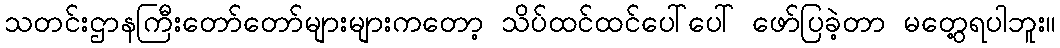
သတင်းဌာနကြီးတော်တော်များများကတော့ သိပ်ထင်ထင်ပေါ်ပေါ် ဖော်ပြခဲ့တာ မတွေ့ရပါဘူး။